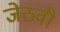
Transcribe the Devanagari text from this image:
जेठवी